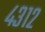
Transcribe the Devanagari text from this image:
४३१२